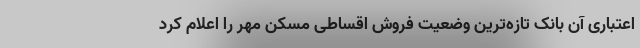
اعتباری آن بانک تازه‌ترین وضعیت فروش اقساطی مسکن مهر را اعلام کرد